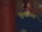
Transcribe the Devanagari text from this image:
विपत्रांच्या